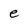
Character: e